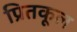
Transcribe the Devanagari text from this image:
प्रितकूल